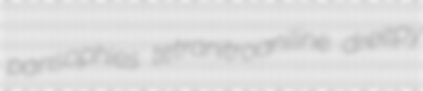
pansophies tetranitroaniline dreepy